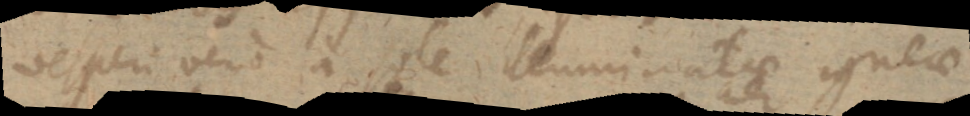
vesperi vero a sole illuminatae igneae